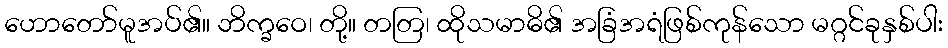
ဟောတော်မူအပ်၏။ ဘိက္ခဝေ၊ တို့။ တတြ၊ ထိုသမာဓိ၏ အခြံအရံဖြစ်ကုန်သော မဂ္ဂင်ခုနှစ်ပါး